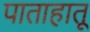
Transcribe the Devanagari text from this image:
पाताहातू